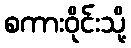
စကားဝိုင်းသို့